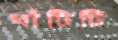
ঘাঁটিটি